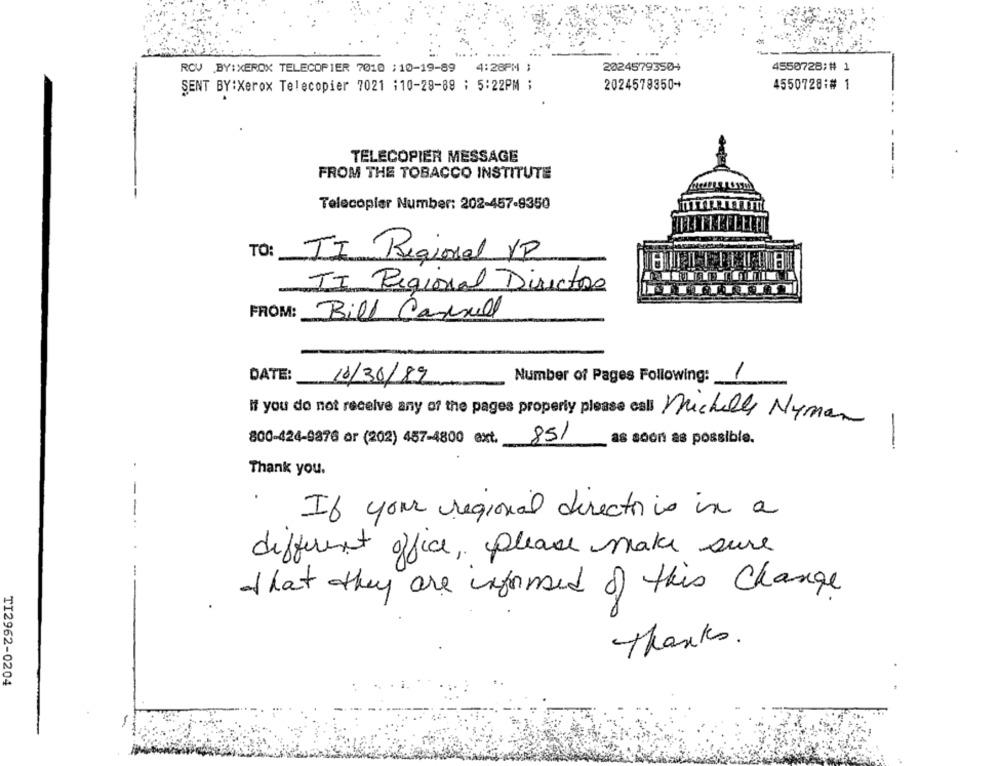
RCV BY:XEROX TELECOPIER 7010 ; 10-19-89 4:28PM ;
20245793504
4550728;# 1
SENT BY:Xerox Telecopier 7021 ;10-28-89 ; 5:22PM ;
2024578350+
4550728:# 1
TELECOPIER MESSAGE
-
FROM THE TOBACCO INSTITUTE
-
--
Telecopier Number: 202-457-9350
TO:
TI Regional VP
IT Regional Directors
FROM:
Bill Cansell
1
DATE:
10/30/89
Number of Pages Following:
If you do not receive any of the pages property please call Micheles Nyman
800-424-9876 or (202) 457-4800 ext.
851
as soon as possible.
-
Thank you.
If your regional director is in a
-----
different office, please make sure
that they are informed of this change
Thanks.
TI2962-0204
-